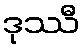
ဒုဿီ